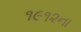
૧૯૧૨ના